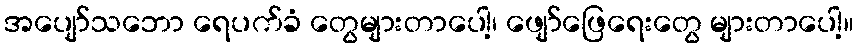
အပျော်သဘော ရေပက်ခံ တွေများတာပေါ့၊ ဖျော်ဖြေရေးတွေ များတာပေါ့။